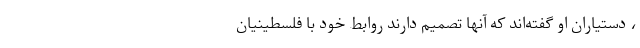
، دستیاران او گفته‌اند که آنها تصمیم دارند روابط خود با فلسطینیان